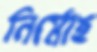
নির্মোহ